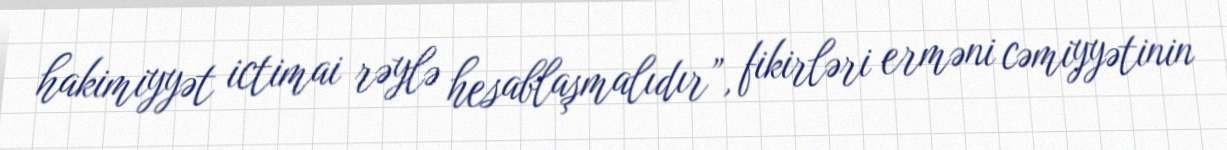
hakimiyyət ictimai rəylə hesablaşmalıdır”, fikirləri erməni cəmiyyətinin